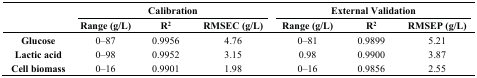
<table><thead><tr><td rowspan="3"></td><td colspan="3"><b>Calibration</b></td><td colspan="3"><b>External Validation</b></td></tr><tr><td><b>Range (g/L)</b></td><td><b>R<sup>2</sup></b></td><td><b>RMSEC (g/L)</b></td><td><b>Range (g/L)</b></td><td><b>R<sup>2</sup></b></td><td><b>RMSEP (g/L)</b></td></tr></thead><tbody><tr><td><b>Glucose</b></td><td>0–87</td><td>0.9956</td><td>4.76</td><td>0–81</td><td>0.9899</td><td>5.21</td></tr><tr><td><b>Lactic acid</b></td><td>0–98</td><td>0.9952</td><td>3.15</td><td>0.98</td><td>0.9900</td><td>3.87</td></tr><tr><td><b>Cell biomass</b></td><td>0–16</td><td>0.9901</td><td>1.98</td><td>0–16</td><td>0.9856</td><td>2.55</td></tr></tbody></table>